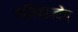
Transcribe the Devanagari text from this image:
गज़ियान्तेप